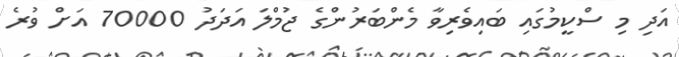
އަދި މި ސްކީމުގައި ބައިވެރިވާ މެންބަރުންގެ ޖުމްލަ އަދަދު 70000 އަށް ވުރެ